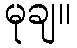
မုချ။